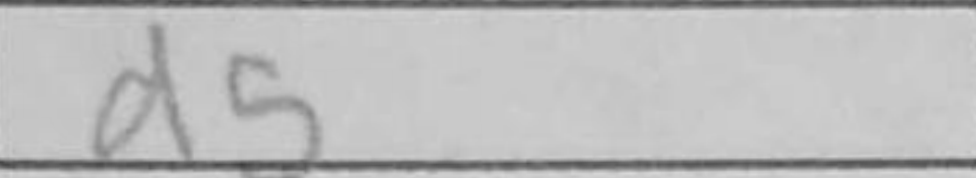
Transcription: d5